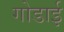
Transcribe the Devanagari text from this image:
गोडाई